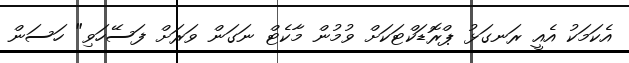
އެކަމަކު އެއީ ރަނގަޅު ޕްރޮޑަކްޓަކަށް ވުމުން މާކެޓް ނަގަން ވަރަށް ފަސޭހަވި" ހަސަން